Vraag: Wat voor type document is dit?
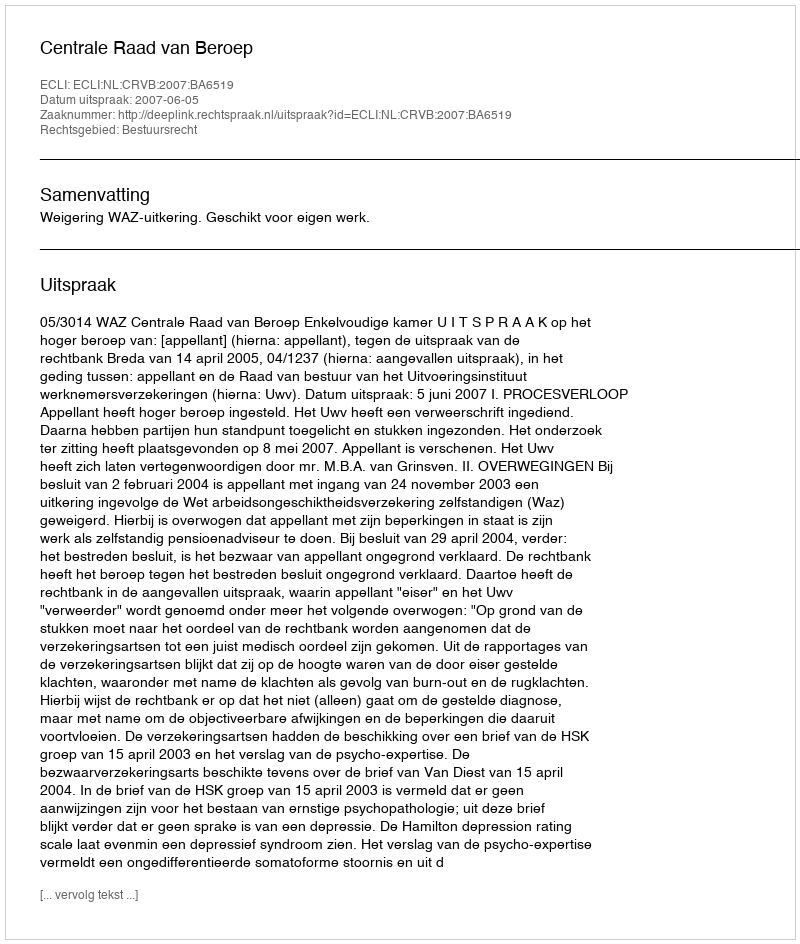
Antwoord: Uitspraak